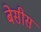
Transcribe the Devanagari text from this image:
बेसीस